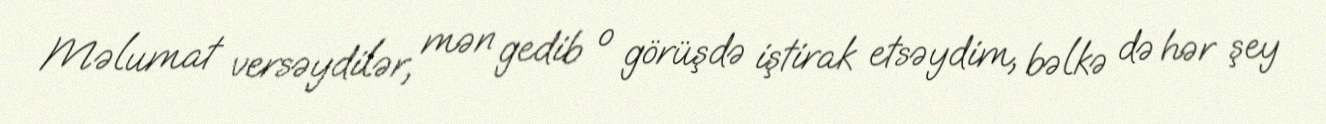
Məlumat versəydilər, mən gedib o görüşdə iştirak etsəydim, bəlkə də hər şey